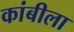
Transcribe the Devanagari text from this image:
कांबीला